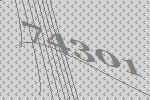
74301